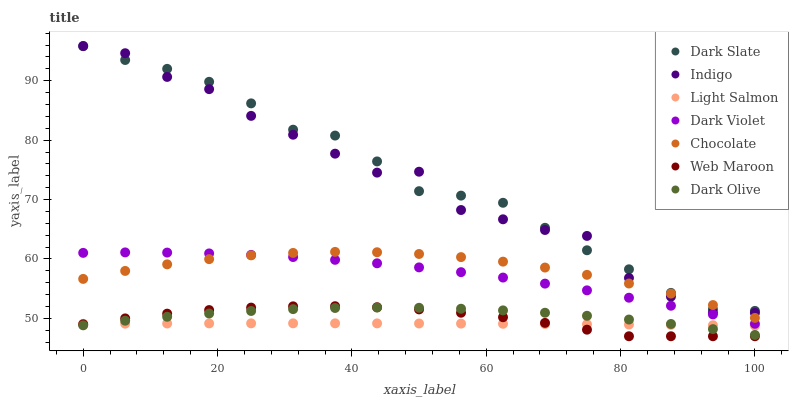
| xaxis_label | Dark Slate | Indigo | Light Salmon | Dark Violet | Chocolate | Web Maroon | Dark Olive |
 | --- | --- | --- | --- | --- | --- | --- | --- |
 | 0 | 95.8 | 95.8 | 49.1 | 61 | 56.7 | 49 | 48.8 |
 | 6.25 | 93.5 | 94.6 | 49.1 | 61.1 | 58 | 50 | 49.6 |
 | 12.5 | 92 | 90.6 | 49.1 | 61.1 | 59.1 | 50.8 | 50.3 |
 | 18.8 | 89.8 | 88.6 | 49.2 | 60.9 | 60 | 51.4 | 50.8 |
 | 25 | 86.2 | 84.1 | 49.2 | 60.7 | 60.6 | 51.8 | 51.3 |
 | 31.2 | 81.8 | 80.9 | 49.2 | 60.3 | 61 | 52 | 51.6 |
 | 37.5 | 80.8 | 77.7 | 49.2 | 59.9 | 61.2 | 52.1 | 51.8 |
 | 43.8 | 76.4 | 74.5 | 49.2 | 59.3 | 61.1 | 51.9 | 51.8 |
 | 50 | 71.4 | 74.7 | 49.1 | 58.6 | 60.8 | 51.5 | 51.8 |
 | 56.2 | 70.7 | 68.2 | 49.1 | 57.8 | 60.3 | 51 | 51.6 |
 | 62.5 | 69.5 | 66.7 | 49.1 | 56.9 | 59.6 | 50.2 | 51.4 |
 | 68.8 | 65.2 | 64.9 | 49.1 | 55.9 | 58.6 | 49.3 | 51 |
 | 75 | 61.5 | 63.9 | 49 | 54.7 | 57.3 | 48.1 | 50.4 |
 | 81.2 | 58.3 | 56.8 | 49 | 53.5 | 55.9 | 47 | 49.8 |
 | 87.5 | 54.3 | 53.7 | 48.9 | 52.1 | 54.2 | 47 | 49.1 |
 | 93.8 | 51.5 | 51 | 48.9 | 50.7 | 52.2 | 47 | 48.2 |
 | 100 | 51.3 | 50.9 | 48.8 | 49.1 | 50.1 | 47 | 47.2 |